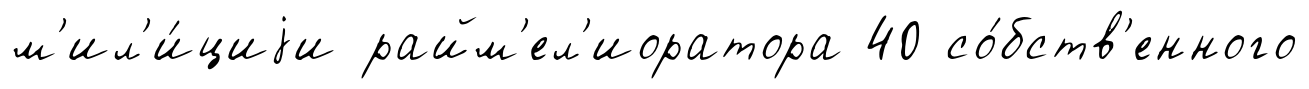
м'ил'и́циjи райм'ел'иоратора 40 со́бств'енного